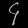
Digit: ၄